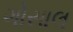
ગોસાલ